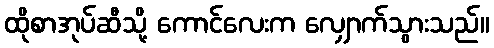
ထိုစာအုပ်ဆီသို့ ကောင်လေးက လျှောက်သွားသည်။